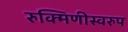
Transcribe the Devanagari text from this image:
रुक्मिणीस्वरुप